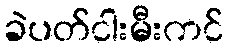
ခဲပတ်ငါးမီးကင်